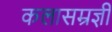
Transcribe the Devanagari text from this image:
कलासम्रज्ञी